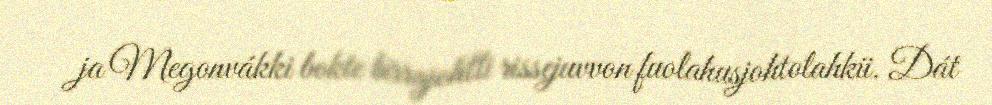
ja Megonvákki bokte birrajohtti rissejuvvon fuolahusjohtolahkii. Dát